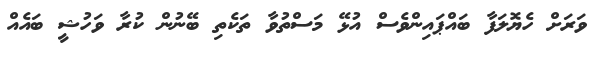
ވަރަށް ހެޔޮލަފާ ބައްޕައިންވެސް އުޅޭ މަސްތުވާ ތަކެތި ބޭނުން ކުރާ ވަހުޝީ ބައެއް